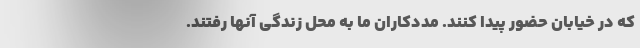
که در خیابان حضور پیدا کنند. مددکاران ما به محل زندگی آنها رفتند.